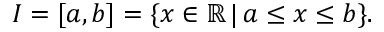
I = [ a , b ] = \{ x \in \mathbb { R } \, | \, a \leq x \leq b \} .